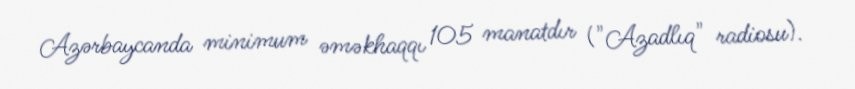
Azərbaycanda minimum əməkhaqqı 105 manatdır ("Azadlıq" radiosu).